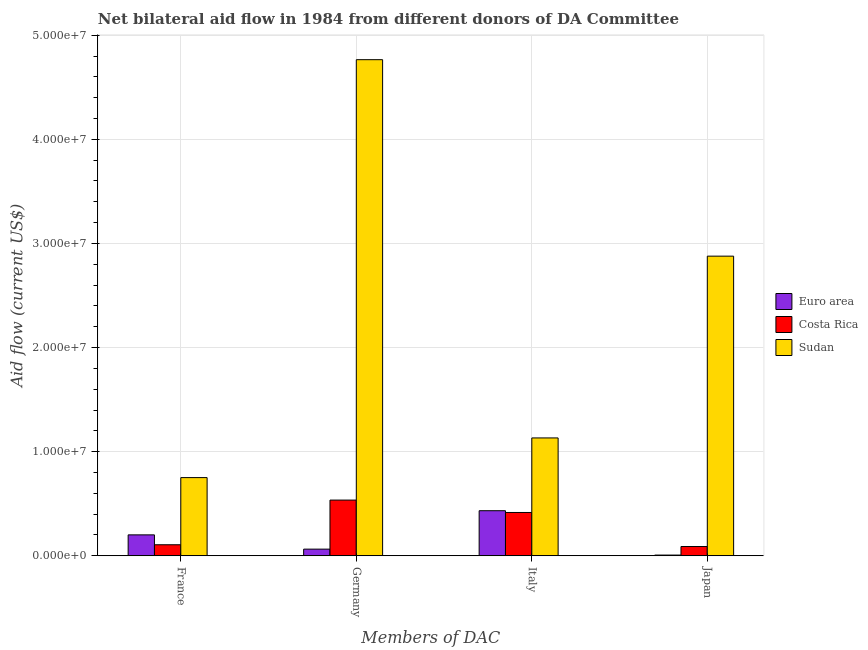
| Members of DAC | Euro area | Costa Rica | Sudan |
 | --- | --- | --- | --- |
 | France | 2.01e+06 | 1.06e+06 | 7.51e+06 |
 | Germany | 6.4e+05 | 5.35e+06 | 4.76e+07 |
 | Italy | 4.33e+06 | 4.16e+06 | 1.13e+07 |
 | Japan | 7e+04 | 8.9e+05 | 2.88e+07 |